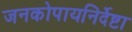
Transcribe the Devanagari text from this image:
जनकोपायनिर्देष्टा